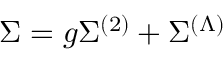
\Sigma = g \Sigma ^ { ( 2 ) } + \Sigma ^ { ( \Lambda ) }